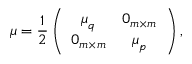
\boldsymbol { \mu } = \frac { 1 } { 2 } \left( \begin{array} { c c } { \boldsymbol { \mu } _ { q } } & { \boldsymbol { 0 } _ { m \times m } } \\ { \boldsymbol { 0 } _ { m \times m } } & { \boldsymbol { \mu } _ { p } } \end{array} \right) ,